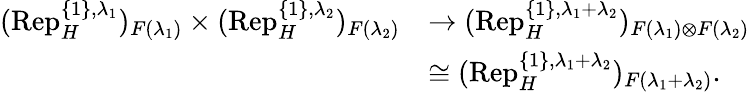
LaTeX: \begin{array}{rl}{(\mathrm{Rep}_{H}^{\{ 1\} ,\lambda_{1}})_{F(\lambda_{1})}\times(\mathrm{Rep}_{H}^{\{ 1\} ,\lambda_{2}})_{F(\lambda_{2})}}&{\rightarrow(\mathrm{Rep}_{H}^{\{ 1\} ,\lambda_{1}+\lambda_{2}})_{F(\lambda_{1})\otimes F(\lambda_{2})}}\\ &{\cong(\mathrm{Rep}_{H}^{\{ 1\} ,\lambda_{1}+\lambda_{2}})_{F(\lambda_{1}+\lambda_{2})}.}\end{array}